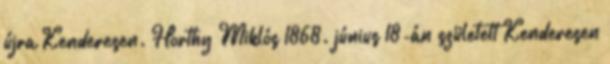
újra Kenderesen. Horthy Miklós 1868. június 18-án született Kenderesen